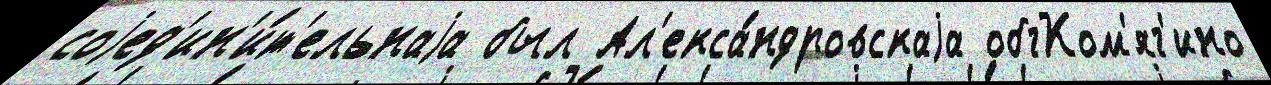
соjед'ин'и́т'ельнаjа был Ал'екса́ндровскаjа обгКом'яг'ино